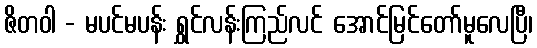
ဇိတဝါ - မပင်မပန်း ရွှင်လန်းကြည်လင် အောင်မြင်တော်မူလေပြီ၊